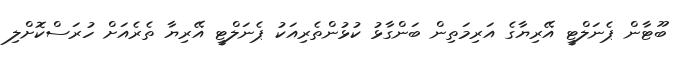
ބޫޓާން ޕެނަލްޓީ އޭރިޔާގެ އަރިމަތިން ބަންގާޅު ކުޅުންތެރިއަކު ޕެނަލްޓީ އޭރިޔާ ތެރެއަށް ހުރަސްކޮށްލި